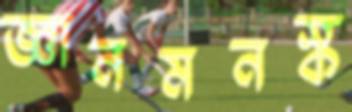
জ্ঞানমনস্ক